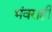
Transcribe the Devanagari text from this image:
भंवराही